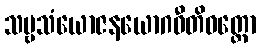
သဗ္ဗသံယောဇနယောဂဝီတိဝတ္တော